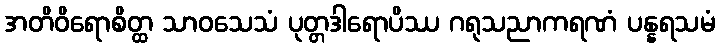
အတိဝိရောစိတ္ထ သာဝသေသံ ပုတ္တဒါရောပိဿ ဂရုသညာကရဏံ ပန္နရသမံ